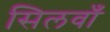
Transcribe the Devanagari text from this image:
सिलवाँ